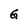
Character: G